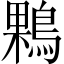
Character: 𪂠